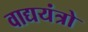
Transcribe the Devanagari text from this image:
वाद्ययंत्रो